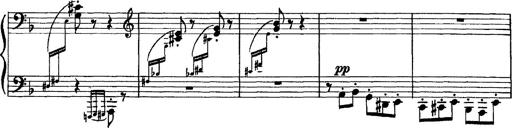
Title: Scherzo und Marsch
Composer: Franz Liszt